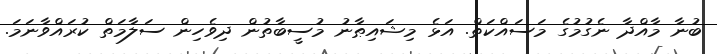
ބުނާ މާއްދާ ނެގުމުގެ މަސައްކަތް. އަޅެ މިޝައިޠާނު މުސީބާތުން ދިވެހިން ސަލާމަތް ކުރައްވާނަމަ.